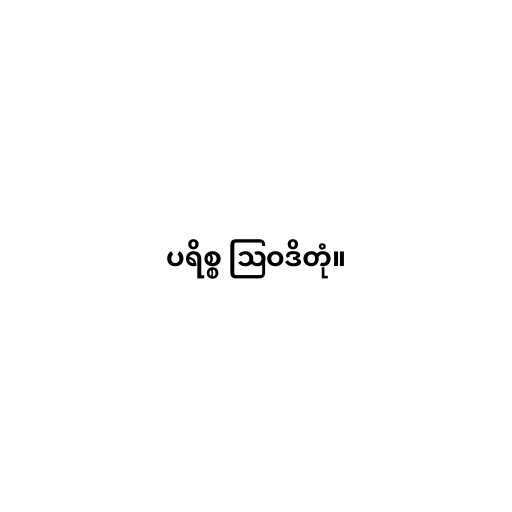
ပရိစ္စ ဩဝဒိတုံ။